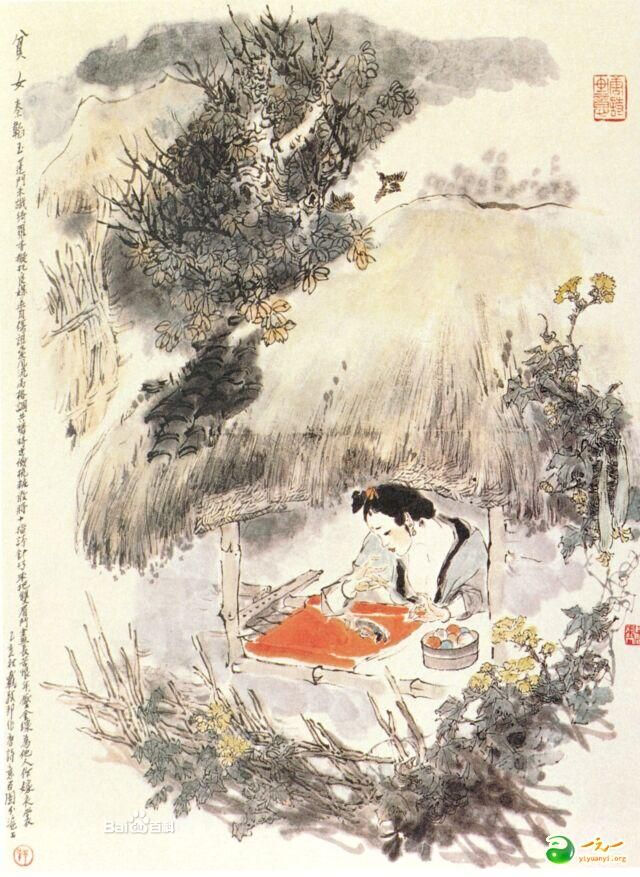
流水便随春远，行云终与谁同。